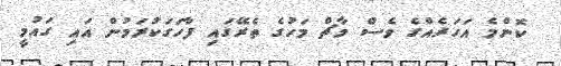
ކޮންމެ އަހަރެއްގެ ވެސް މާޗް މަހުގެ ތެރޭގައި ފާހަގަކުރަމުން އައި ގައުމީ